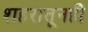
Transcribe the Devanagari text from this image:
शहरातूनही